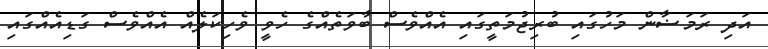
އަދި ރަމަޟާން މަހުގައި ބުރިޖުމަތީގައި އެއްވެސް ބާވަތެއްގެ ހެވީ ވެހިކަލެއް އެއްވެސް ގަޑިއެއްގައި